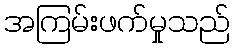
အကြမ်းဖက်မှုသည်